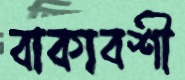
বাকাবশী